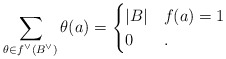
\begin{align*}\sum_{\theta \in f^\vee(B^\vee)} \theta(a) =\begin{cases} |B| & f(a)=1\\0 & . \end{cases} \end{align*}